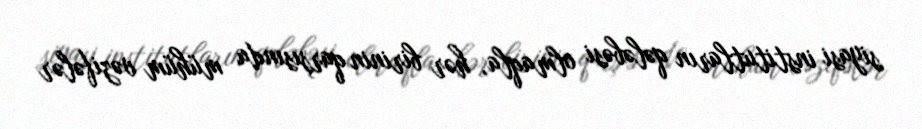
siyasi institutların qələbəsi olmaqla, hər birinin qarşısında mühüm vəzifələr